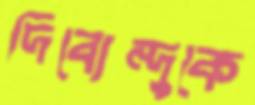
দিব্যেন্দুকে